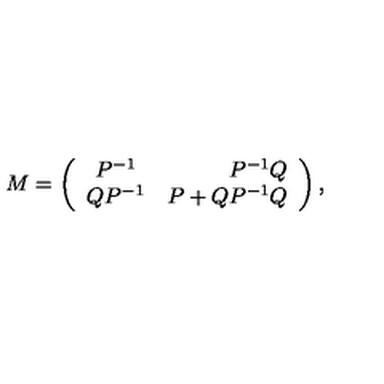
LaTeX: M = \left( \begin{array} { c r c } { P ^ { - 1 } } & { P ^ { - 1 } Q } \\ { Q P ^ { - 1 } } & { P + Q P ^ { - 1 } Q } \\ \end{array} \right) ,